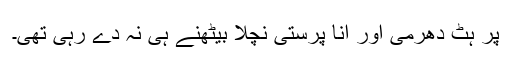
پر ہٹ دھرمی اور انا پرستی نچلا بیٹھنے ہی نہ دے رہی تھی۔